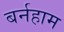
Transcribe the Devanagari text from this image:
बर्नहाम